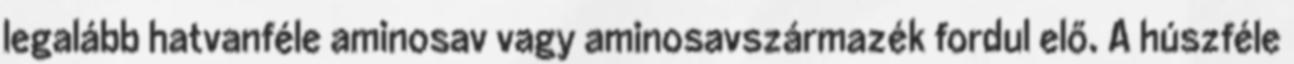
legalább hatvanféle aminosav vagy aminosavszármazék fordul elő. A húszféle